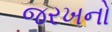
જરખનો